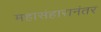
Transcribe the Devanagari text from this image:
महासंहारानंतर